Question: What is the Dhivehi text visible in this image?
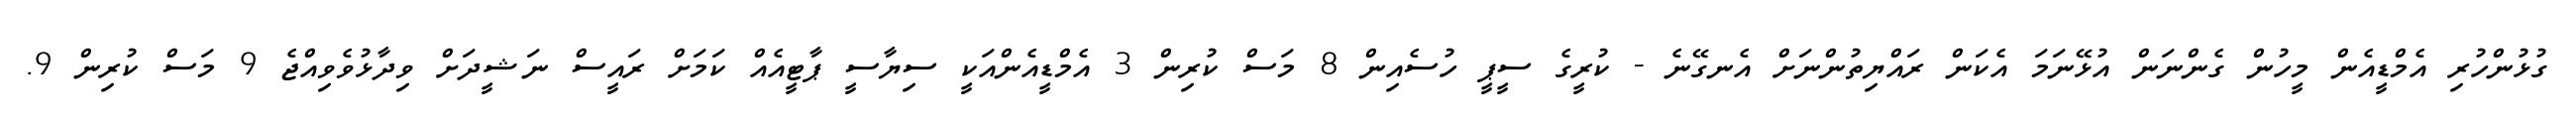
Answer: ގުޅުންހުރި އެމްޑީއެން މީހުން ގެންނަން އުޅޭނަމަ އެކަން ރައްޔިތުންނަށް އެނގޭނެ - ކުރީގެ ސީޕީ ހުސެއިން 8 މަސް ކުރިން 3 އެމްޑީއެންއަކީ ސިޔާސީ ޕާޓީއެއް ކަމަށް ރައީސް ނަޝީދަށް ވިދާޅުވެވިއްޖެ 9 މަސް ކުރިން 9.